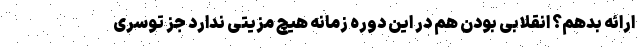
ارائه بدهم؟ انقلابی بودن هم در این دوره زمانه هیچ مزیتی ندارد جز توسری